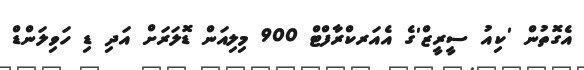
އެގޮތުން 'ކިއު ސީރީޒް'ގެ އެއަރކްރާފްޓް 900 މިލިއަން ޑޮލަރަށް އަދި ޑި ހަވިލަންޑް